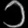
Digit: ၁